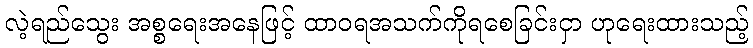
လဲ့ရည်သွေး အစ္စရေးအနေဖြင့် ထာဝရအသက်ကိုရစေခြင်းငှာ ဟုရေးထားသည့်